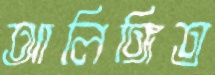
আলিঙ্গিত